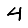
Digit: 4